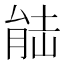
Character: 𮌛